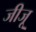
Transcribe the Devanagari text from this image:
जीजू